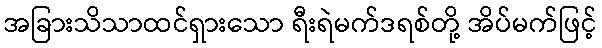
အခြားသိသာထင်ရှားသော ရီးရဲမက်ဒရစ်တို့ အိပ်မက်ဖြင့်